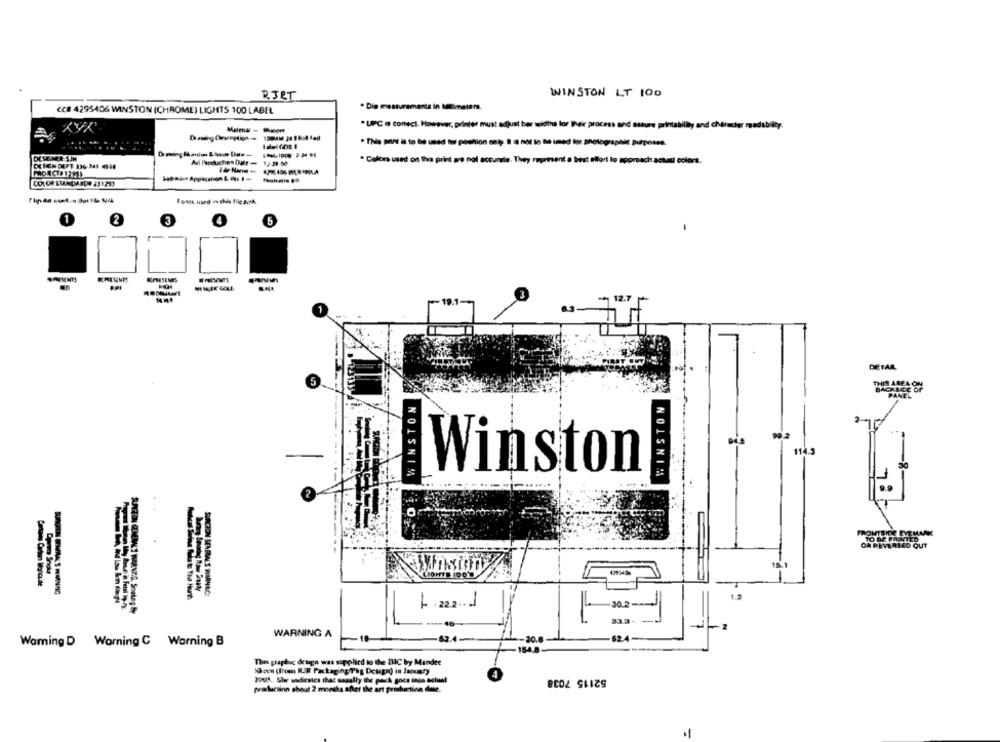
RJET
WINSTON LT 100
ce# 4295406 WINSTON (CHROME) LIGHTS 100 LABEL
. Die measurements In Mei-meters.
. UPC # conect. However, printer must adjust ber widths lor Whir process and assure printability and character madabilty.
-- --
· This point is to be used toe position sny: 8 is not to Be imed lor photographic purposes.
. Colors used on the print wro pol aco.
nit a best effort lo approach actual colors.
COLOR STANDARDO 231.211
Fonts used . the file &A.
1
2
5
12.7
DETAL
THIS AREA ON
WINSTON
WINSTON
PANEL
Winston
1 . 22.2.
-2
WARNING A
20.6
Warning D Warning C Warning B
The graphic design was supplied to the IHC by Mandte
Doen (Irom KUJR Packaging/Phg Design) in Inquery
52115 7038
praclucsinn about 2 months after the art production due.
-